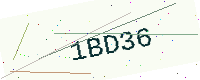
Text: 1BD36